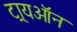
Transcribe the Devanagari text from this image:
ट्रायऑन